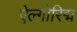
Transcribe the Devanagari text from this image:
ऐल्गोरिद्म